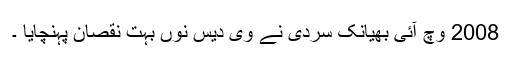
2008 وچّ آئی بھیانک سردی نے وی دیس نوں بہت نقصان پہنچایا ۔